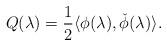
LaTeX: \begin{align*}Q(\lambda)=\frac{1}{2}\langle \phi(\lambda),\check{\phi}(\lambda)\rangle.\end{align*}